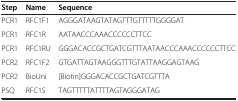
| Step | Name | Sequence |
 | --- | --- | --- |
 | PCR1 | RFC1F1 | AGGGATAAGTATAGTTTGTTTTTGGGGAT |
 | PCR1 | RFC1R | AATAACCCAAACCCCCCTTCC |
 | PCR1 | RFC1RU | GGGACACCGCTGATCGTTTAATAACCCAAACCCCCCTTCC |
 | PCR2 | RFC1F2 | GTGATTAGTAAGGGTTTGTATTAAGGAGTAAG |
 | PCR2 | BioUni | [Biotin]GGGACACCGCTGATCGTTTA |
 | PSQ | RFC1S | TAGTTTTTATTTTAGTAGGGATAG |